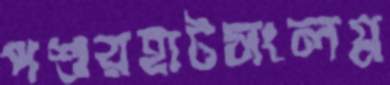
পশুরহাটসংলগ্ন